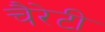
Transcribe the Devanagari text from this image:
चैरेटी